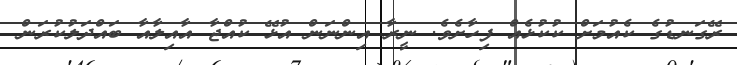
ރޭގަނޑުގެ ކެއުމަށް ކުކުޅެއް ފިހާށެވެ. ނީރާ އިންނަން އުޅޭ ކުއްޖާ އާއިލާއާ ބައްދަލުކުރަން